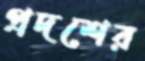
প্রদশের